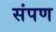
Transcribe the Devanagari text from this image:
संपण